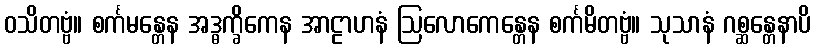
ဝသိတဗ္ဗံ။ စင်္ကမန္တေန အဒ္ဓက္ခိကေန အာဠာဟနံ ဩလောကေန္တေန စင်္ကမိတဗ္ဗံ။ သုသာနံ ဂစ္ဆန္တေနာပိ